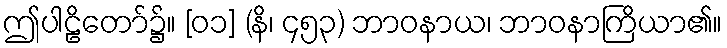
ဤပါဠိတော်၌။ [၀၁] (နိ၊ ၄၅၃) ဘာဝနာယ၊ ဘာဝနာကြိယာ၏။